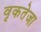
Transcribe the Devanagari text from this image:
वृकतेजा